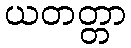
ယတတ္တာ